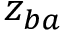
z _ { b a }